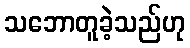
သဘောတူခဲ့သည်ဟု